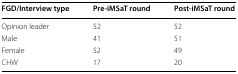
<table><thead><tr><td><b>FGD/Interview type</b></td><td><b>Pre-iMSaT round</b></td><td><b>Post-iMSaT round</b></td></tr></thead><tbody><tr><td>Opinion leader</td><td>52</td><td>52</td></tr><tr><td>Male</td><td>41</td><td>51</td></tr><tr><td>Female</td><td>52</td><td>49</td></tr><tr><td>CHW</td><td>17</td><td>20</td></tr></tbody></table>